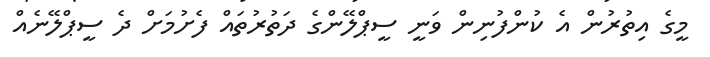
މީގެ އިތުރުން އެ ކުންފުނިން ވަނީ ސީޕްލޭންގެ ދަތުރުތައް ފެށުމަށް ދެ ސީޕްލޭނެއް